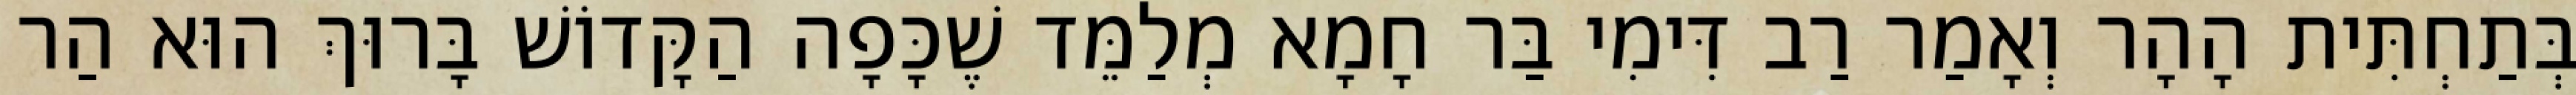
בְּתַחְתִּית הָהָר וְאָמַר רַב דִּימִי בַּר חָמָא מְלַמֵּד שֶׁכָּפָה הַקָּדוֹשׁ בָּרוּךְ הוּא הַר